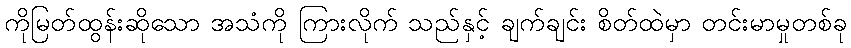
ကိုမြတ်ထွန်းဆိုသော အသံကို ကြားလိုက် သည်နှင့် ချက်ချင်း စိတ်ထဲမှာ တင်းမာမှုတစ်ခု